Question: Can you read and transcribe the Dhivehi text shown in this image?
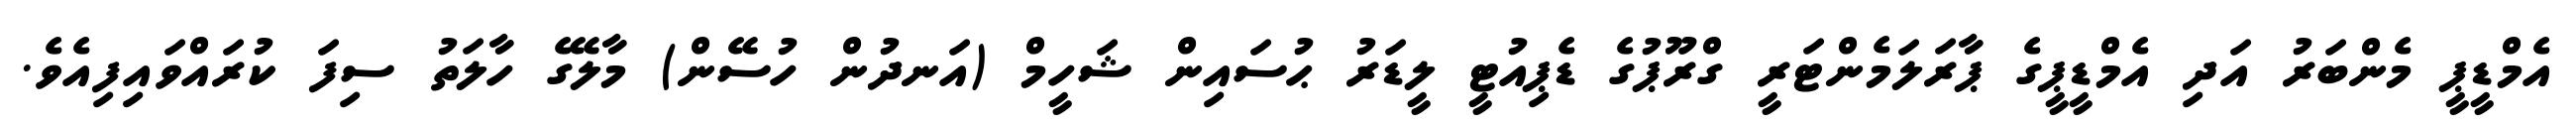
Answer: އެމްޑީޕީ މެންބަރު އަދި އެމްޑީޕީގެ ޕާރަލަމެންޓަރީ ގްރޫޕުގެ ޑެޕިއުޓީ ލީޑަރު ޙުސައިން ޝަހީމް (އަނދުން ހުސޭން) މާލޭގެ ހާލަތު ސިފަ ކުރައްވައިފިއެވެ.